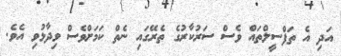
އަދި އެ ތަފްސީލްތައް ވެސް ސަރުކާރުގެ ތެރޭގައި ނެތް ކަމަށްވެސް ވިދާޅުވި އެވެ.